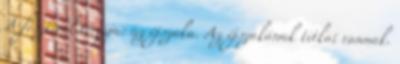
A fesztivál témája: az éjszaka. Az éjszakának titkai vannak.